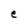
Character: e